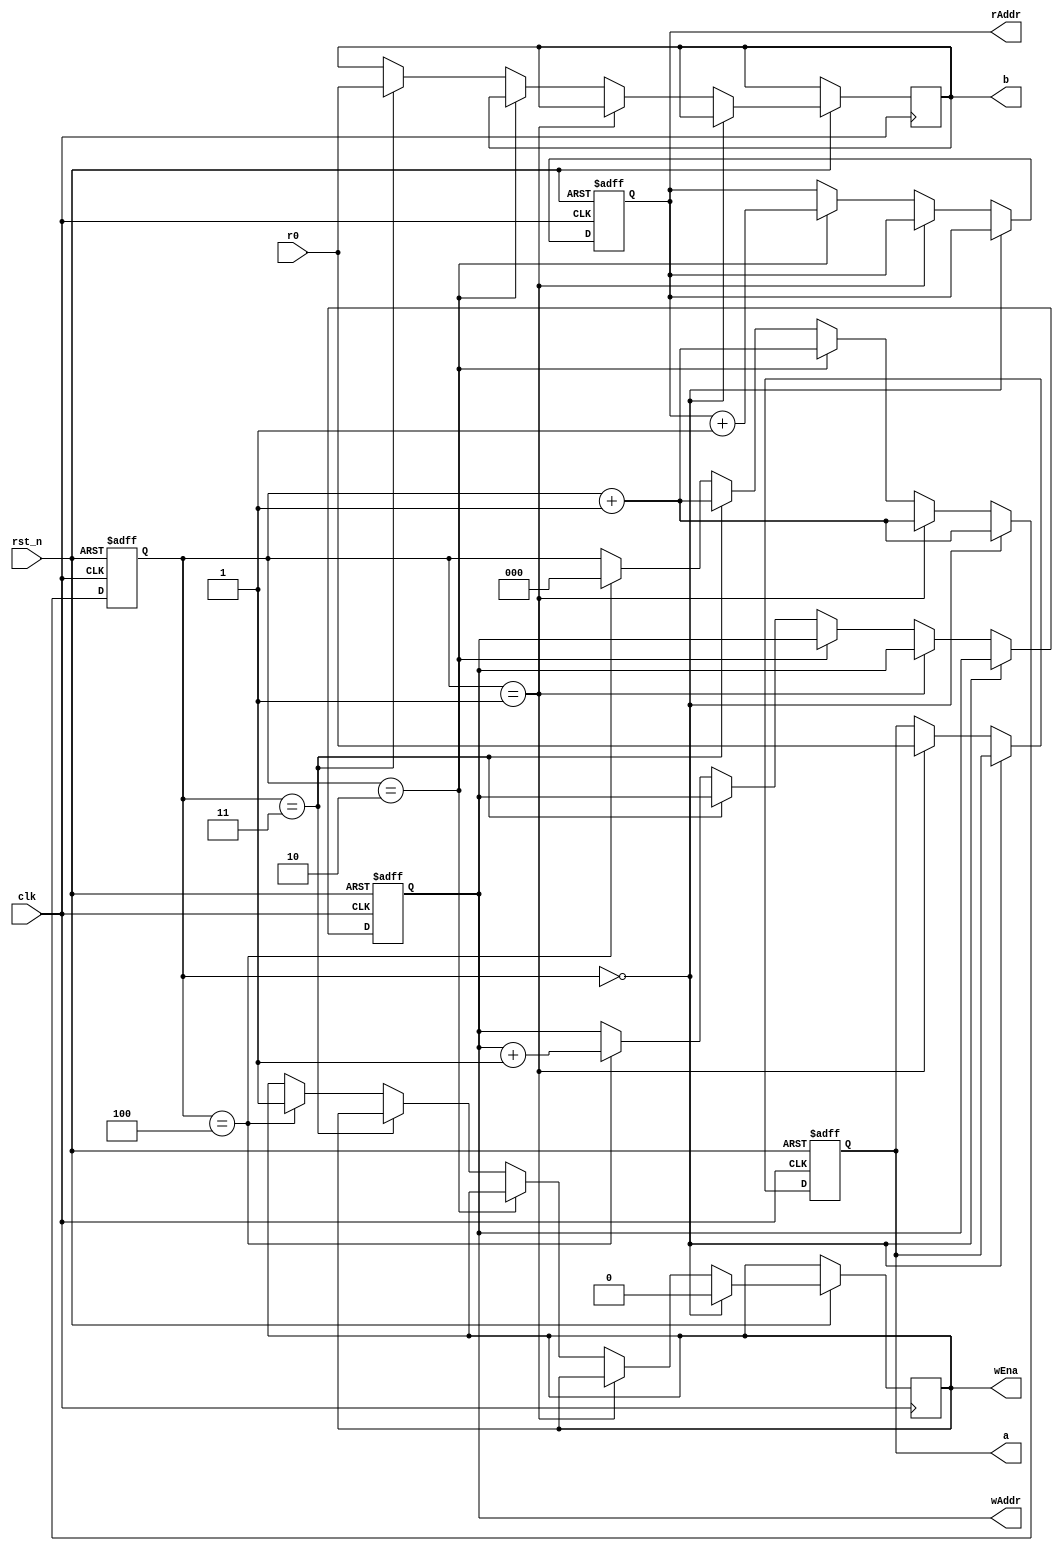
`timescale 1ns / 1ps

module control(
	input clk,
	input rst_n,
	input [31:0] r0,
	output reg [5:0] rAddr,
	output reg [5:0] wAddr,
	output reg [31:0] a,
	output reg [31:0] b,
	output reg wEna
);

reg [2:0] num;
	 
always@(posedge clk or negedge rst_n) begin
	if(~rst_n) begin
		rAddr <= 0;
		wAddr <= 1;
		num <= 0;
		a <= 2;
	end
	else if(num == 0) begin
		wEna <= 0;
		rAddr <= rAddr;
		num <= num + 1;
	end
	else if(num == 1) begin
		a <= r0;
		num <= num + 1;
	end
	else if(num == 2) begin
		num <= num + 1;
		rAddr <= rAddr + 1;
	end
	else if(num == 3) begin
		num <= num + 1;
		b <= r0;
	end
	else if(num == 4) begin
		wEna <= 1;
		num <= 0;
		wAddr <= wAddr + 1;
	end
end

endmodule